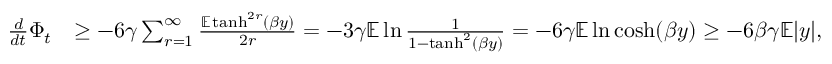
\begin{array} { r l } { \frac { d } { d t } \Phi _ { t } } & { \geq - 6 \gamma \sum _ { r = 1 } ^ { \infty } \frac { \mathbb E \operatorname { t a n h } ^ { 2 r } ( \beta y ) } { 2 r } = - 3 \gamma \mathbb E \ln \frac { 1 } { 1 - \operatorname { t a n h } ^ { 2 } ( \beta y ) } = - 6 \gamma \mathbb E \ln \cosh ( \beta y ) \geq - 6 \beta \gamma \mathbb E | y | , } \end{array}